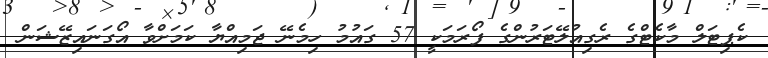
ކެޕިޓަލް މާކެޓްގެ ރެގިއުލޭޓަރުންގެ ފޯރަމަކީ 57 ގައުމު ހިމެނޭ ޖަމިއްޔާ ކަމަށްވާ އޯގަނައިޒޭޝަން